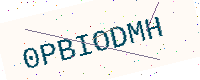
Text: 0PBIODMH